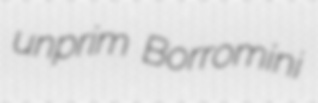
unprim Borromini